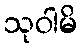
သုဝါမိ